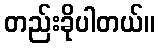
တည်းခိုပါတယ်။